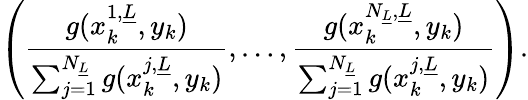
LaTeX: \left(\frac{g(x_{k}^{1,\underline{{L}}},y_{k})}{\sum_{j=1}^{N_{\underline{{L}}}}g(x_{k}^{j,\underline{{L}}},y_{k})},\dots,\frac{g(x_{k}^{N_{\underline{{L}}},\underline{{L}}},y_{k})}{\sum_{j=1}^{N_{\underline{{L}}}}g(x_{k}^{j,\underline{{L}}},y_{k})}\right).